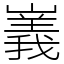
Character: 㠖